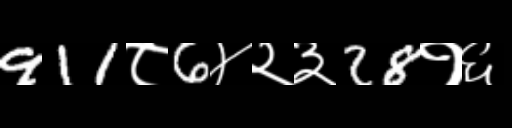
Text: 911८6४२३28१६